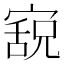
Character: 𫳸